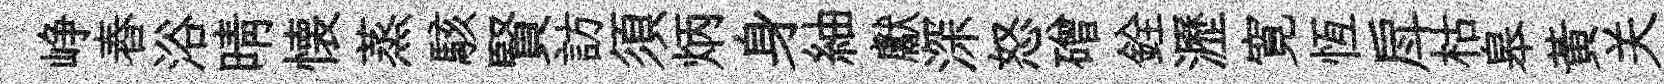
峥舂浴晴懐蒸駭賢訪須炳身紬獻深怒磳銓瀝寛恆戽枯皋黃关